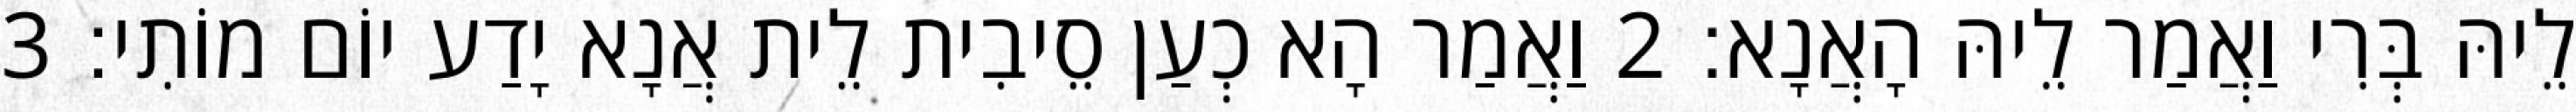
לֵיהּ בְּרִי וַאֲמַר לֵיהּ הָאֲנָא׃ 2 וַאֲמַר הָא כְעַן סֵיבִית לֵית אֲנָא יָדַע יוֹם מוֹתִי׃ 3